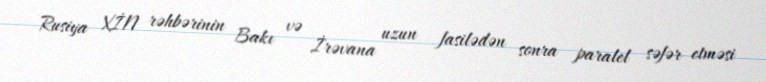
Rusiya XİN rəhbərinin Bakı və İrəvana uzun fasilədən sonra paralel səfər etməsi